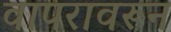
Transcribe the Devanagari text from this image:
वापरावरून